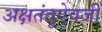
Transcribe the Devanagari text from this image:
अक्षतंतूऐवजी